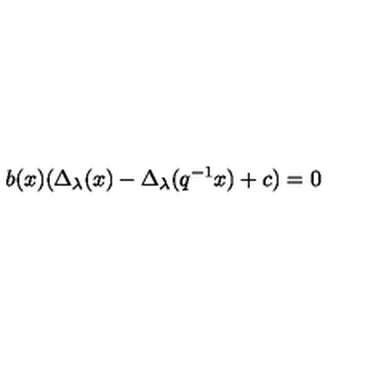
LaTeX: b ( x ) ( \Delta _ { \lambda } ( x ) - \Delta _ { \lambda } ( q ^ { - 1 } x ) + c ) = 0